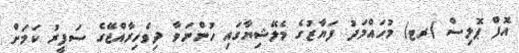
އޮފް ޕޮލިސް (ރޓ) މުހައްމަދު ފަޔާޒުގެ މެލޭޝިޔާގައި ހުންނަވާ ދިވެހިރާއްޖޭގެ ސަފީރު ކަމަށް